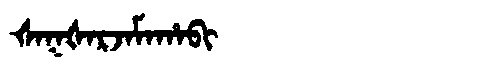
Manchu: ᡧᠠᡴᡧᠠᡵᠵᠠᠮᠠᡥᠠᠪᡳ
Romanization: ŠAKŠARJAMAHABI